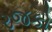
રજકો